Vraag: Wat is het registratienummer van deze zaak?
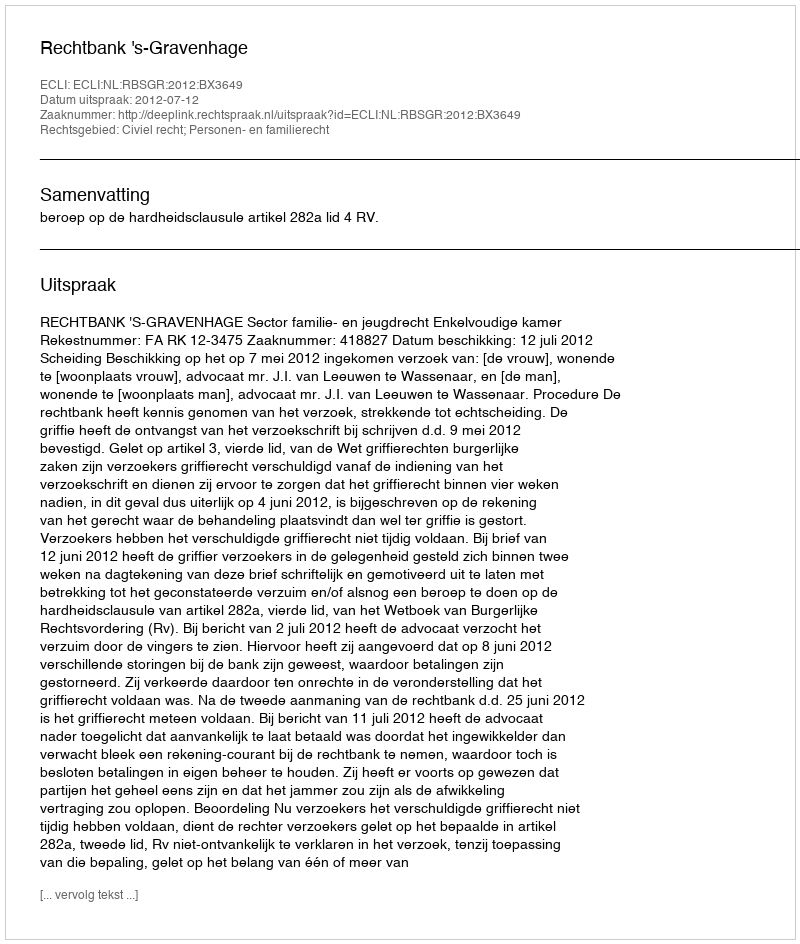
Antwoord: http://deeplink.rechtspraak.nl/uitspraak?id=ECLI:NL:RBSGR:2012:BX3649